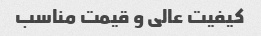
کیفیت عالی و قیمت مناسب